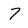
Character: 7